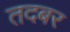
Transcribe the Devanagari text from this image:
तदबर